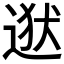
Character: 𮷡